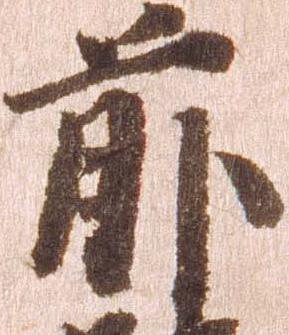
前